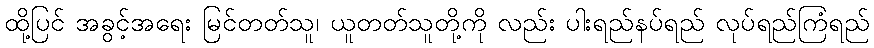
ထို့ပြင် အခွင့်အရေး မြင်တတ်သူ၊ ယူတတ်သူတို့ကို လည်း ပါးရည်နပ်ရည် လုပ်ရည်ကြံရည်